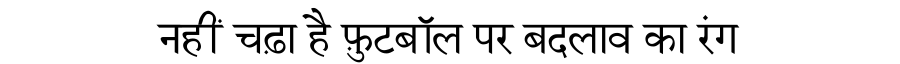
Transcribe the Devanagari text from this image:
नहीं चढ़ा है फ़ुटबॉल पर बदलाव का रंग